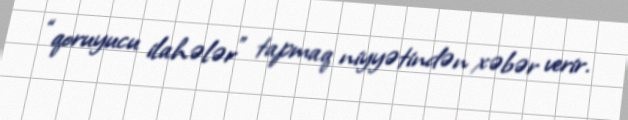
“qoruyucu ilahələr” tapmaq niyyətindən xəbər verir.